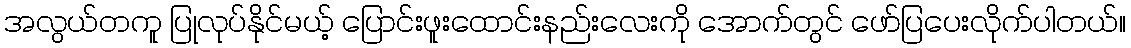
အလွယ်တကူ ပြုလုပ်နိုင်မယ့် ပြောင်းဖူးထောင်းနည်းလေးကို အောက်တွင် ဖော်ပြပေးလိုက်ပါတယ်။